Tartu_linnavalitsus, lk 10
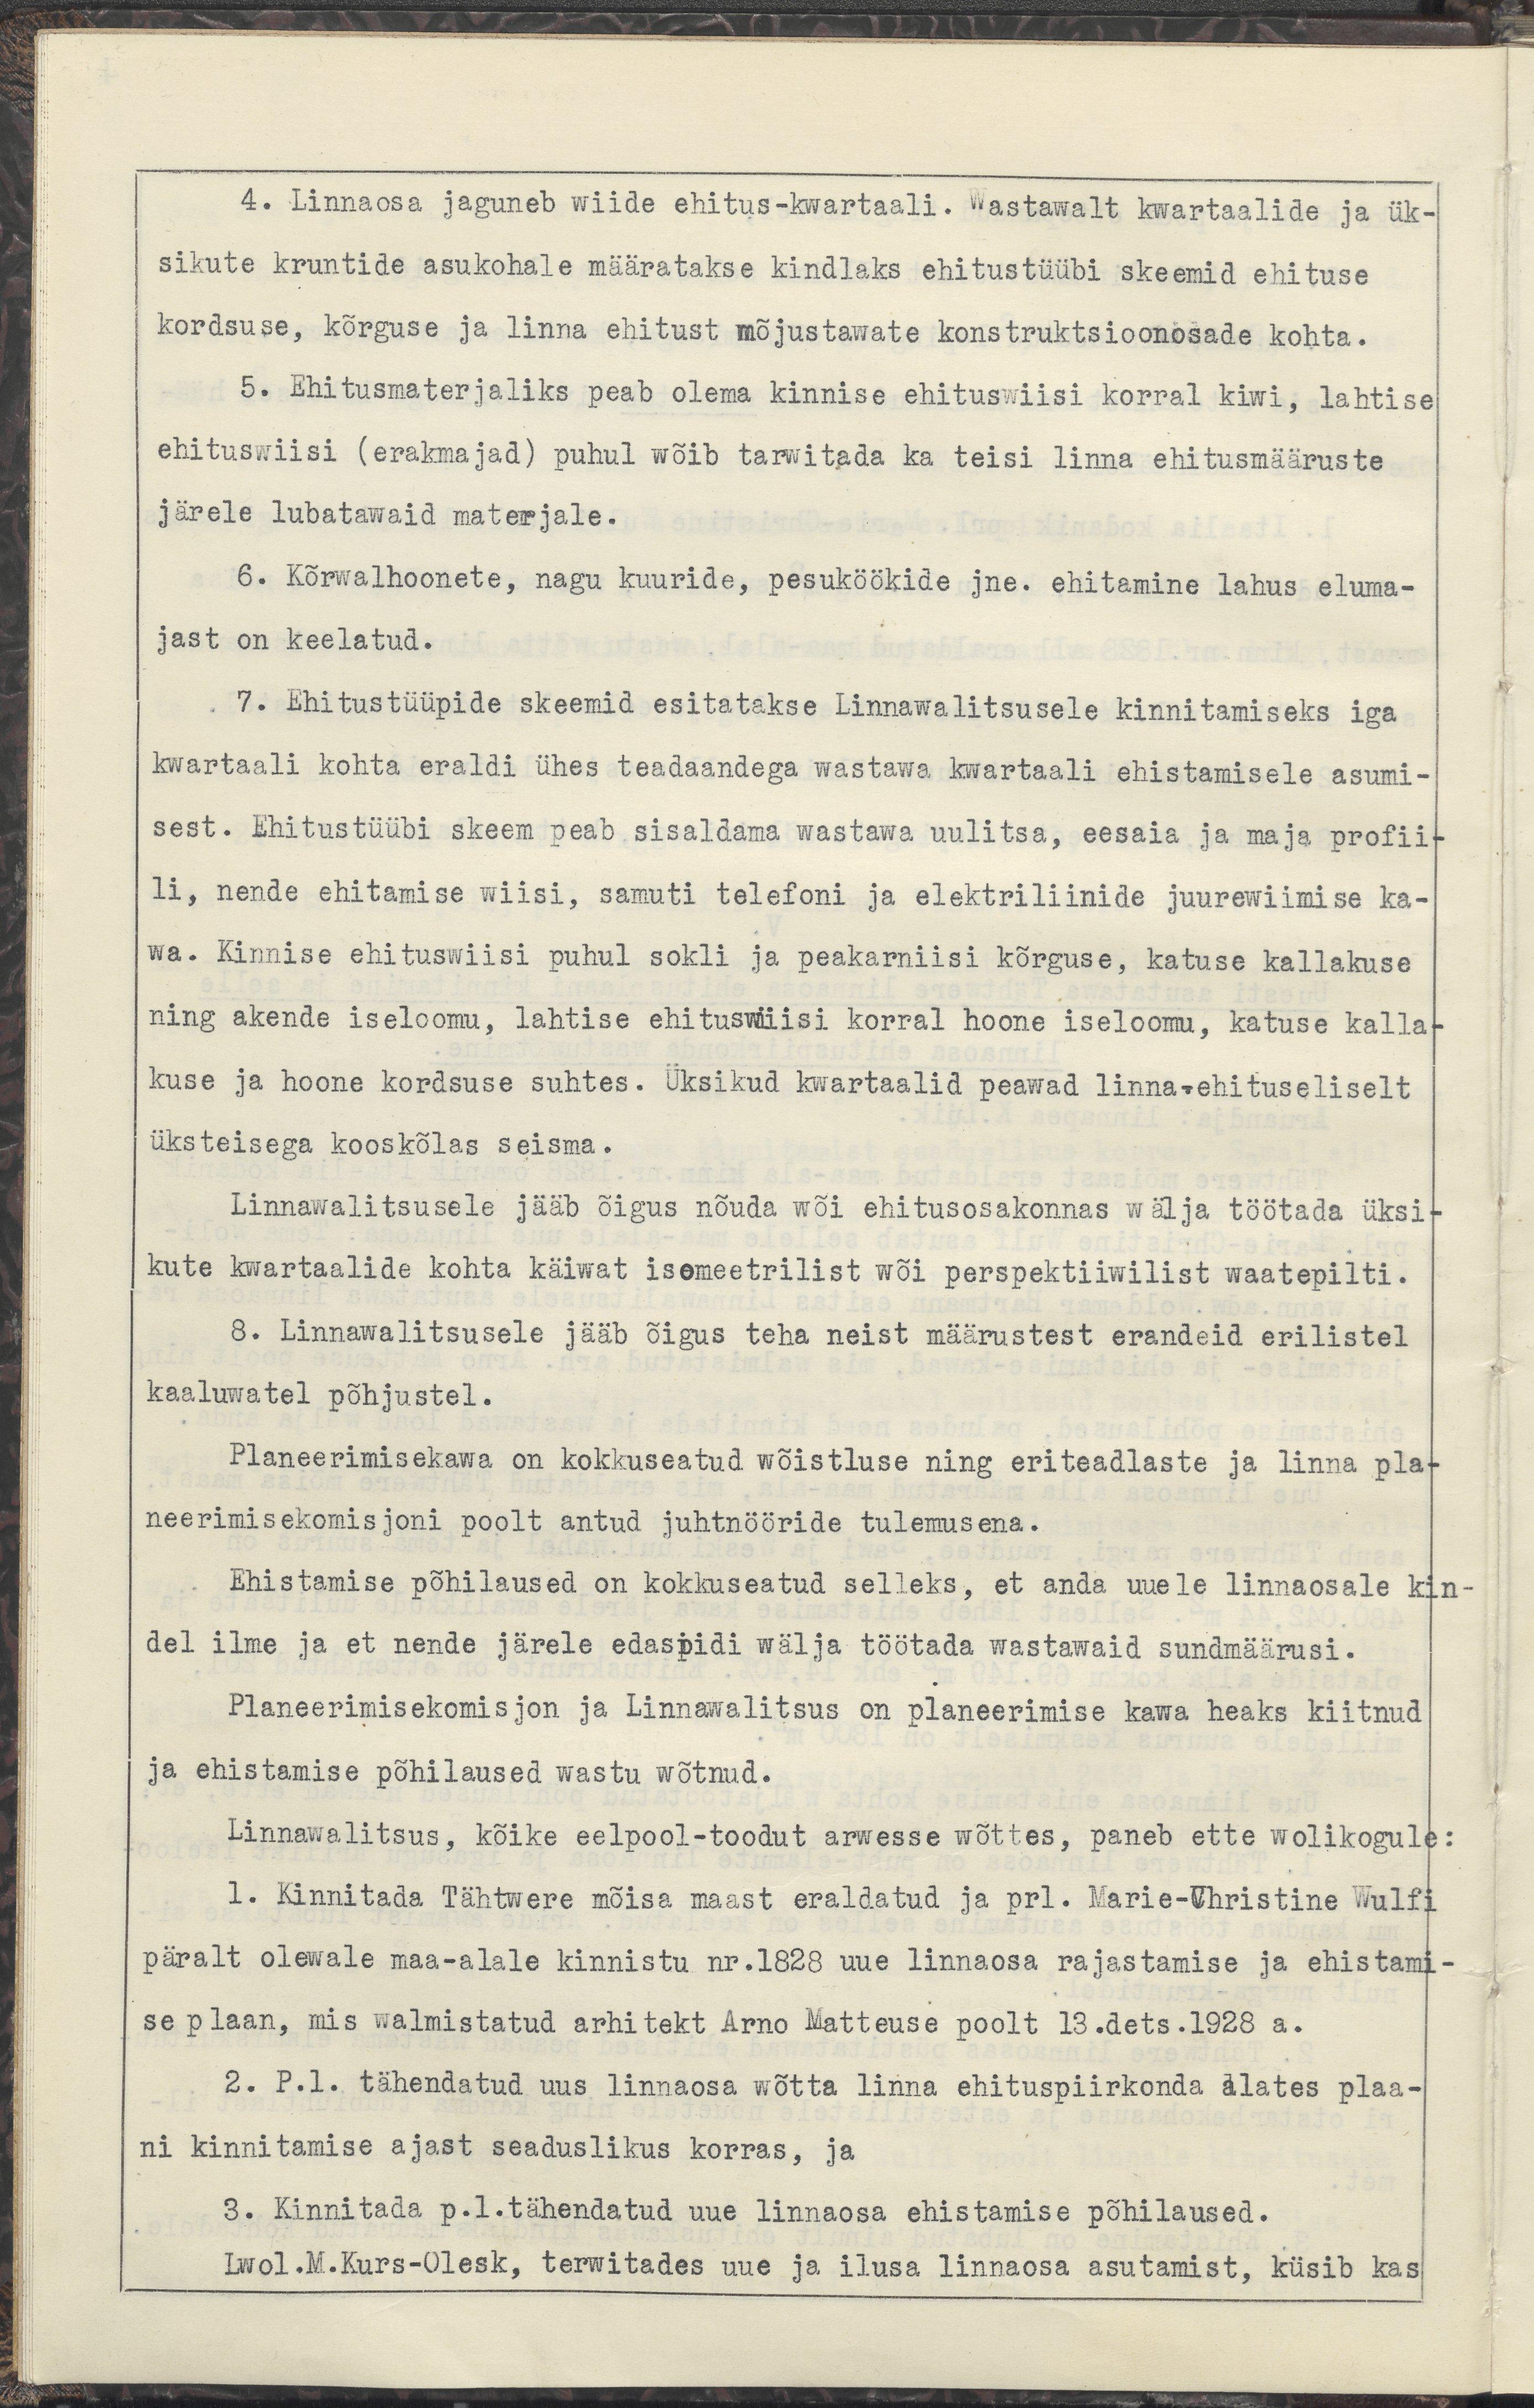
4. Linnaosa jaguneb wiide ehitus-kwartaali. Wastawalt kwartaalide ja ük-
sikute kruntide asukohale määratakse kindlaks ehitustüübi skeemid ehituse
kordsuse, kõrguse ja linna ehitust mõjustawate konstruktsiooniosade kohta.
5. Ehitusmaterjaliks peab olema kinnise ehituswiisi korral kiwi, lahtise
ehituswiisi (erakmajad) puhul wõib tarwitada ka teisi linna ehitusmääruste
järele lubatawaid materjale.
6. Kõrwalhoonete, nagu kuuride, pesuköökide jne. ehitamine lahus eluma-
jast on keelatud.
7. Ehitustüüpide skeemid esitatakse Linnawalitsusele kinnitamiseks iga
kwartaali kohta eraldi ühes teadaandega wastawa kwartaali ehistamisele asumi-
sest. Ehitustüübi skeem peab sisaldama wastawa uulitsa, eesaia ja maja profii-
li, nende ehitamise wiisi, samuti telefoni ja elektriliinide juurdewiimise ka-
wa. Kinnise ehituswiisi puhul sokli ja peakarniisi kõrguse, katuse kallakuse
ning akende iseloomu, lahtide ehituswiisi korral hoone iseloomu, katuse kalla-
kuse ja hoone kordsuse suhtes. Üksikud kwartaalid peawad linna-ehituseliselt
üksteisega kooskõlas seisma.
Linnawalitsusele jääb õigus nõuda wõi ehitusosakonnas wälja töötada üksi-
kute kwartaalide kohta käiwat isemeetrilist wõi perspektiiwilist waatepilti.
8. Linnawalitsusele jääb õigus teha neist määrustest erandeid erilistel
kaaluwatel põhjustel.
Planeerimisekawa on kokkuseatud wõistluse ning eriteadlaste ja linna pla-
neerimisekomisjoni poolt antud juhtnööride tulemusena.
Ehistamise põhilaused on kokkuseatud selleks, et anda uuele linnaosale kin-
del ilme ja et nende järele edaspidi wälja töötada wastawaid sundmäärusi.
Planeerimisekomisjon ja Linnawalitsus on planeerimise kawa heaks kiitnud
ja ehistamise põhilaused wastu wõtnud.
Linnawalitsus, kõike eelpool-toodut arwesse wõttes, paneb ette wolikogule:
1. Kinnitada Tähtwere mõisa maast eraldatud ja prl. Marie-Christine Wulfi 
päralt olewale maa-alale kinnistu nr. 1828 uue linnaosa rajastamise ja ehistami-
se plaan, mis walmistatud arhitekt Arno Matteuse poolt 13. dets. 1928. a.
2. P.l. tähendatud uus linnaosa wõtta linna ehituspiirkonda alates plaa-
ni kinnitamise ajast seaduslikus korras, ja
3. Kinnitada p.l. tähendatud uue linnaosa ehistamise põhilaused.
Lwol. M.Kurs-Olesk, terwitades uue ja ilusa linnaosa asutamist, küsib kas